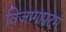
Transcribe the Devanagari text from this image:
विज़ागापटम